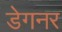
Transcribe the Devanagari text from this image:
डेगनर